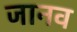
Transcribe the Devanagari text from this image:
जानव